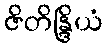
ဇိတိန္ဒြိယံ